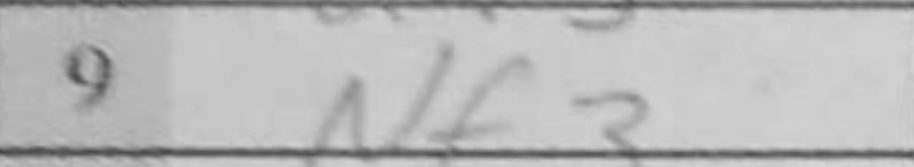
Transcription: Nf3